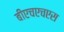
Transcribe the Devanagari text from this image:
बीएचएचएस